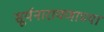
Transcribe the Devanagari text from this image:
सूर्यनारायणाच्या